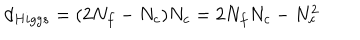
d _ { H i g g s } = ( 2 N _ { f } - N _ { c } ) N _ { c } = 2 N _ { f } N _ { c } - N _ { c } ^ { 2 }